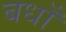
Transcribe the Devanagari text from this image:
बधाँ